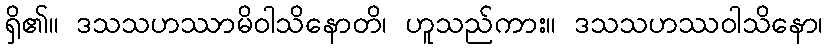
ရှိ၏။ ဒသသဟဿာမိဝါသိနောတိ၊ ဟူသည်ကား။ ဒသသဟဿဝါသိနော၊